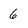
Character: 6